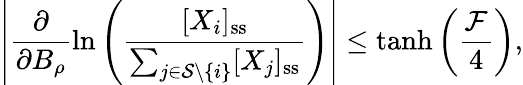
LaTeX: \left|\frac{\partial}{\partial B_{\rho}}\ln\left(\frac{[X_{i}]_{\mathrm{ss}}}{\sum_{j\in\mathcal{S}\setminus\{ i\} }[X_{j}]_{\mathrm{ss}}}\right)\right|\leq\operatorname{tanh}\left(\frac{\mathcal{F}}{4}\right),